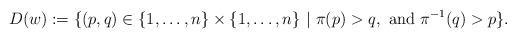
LaTeX: \begin{align*}D(w):=\{(p,q)\in \{1,\dots,n\}\times \{1,\dots,n\} \ |\ \pi(p) >q, \ \mbox{and} \ \pi^{-1}(q)>p\}.\end{align*}